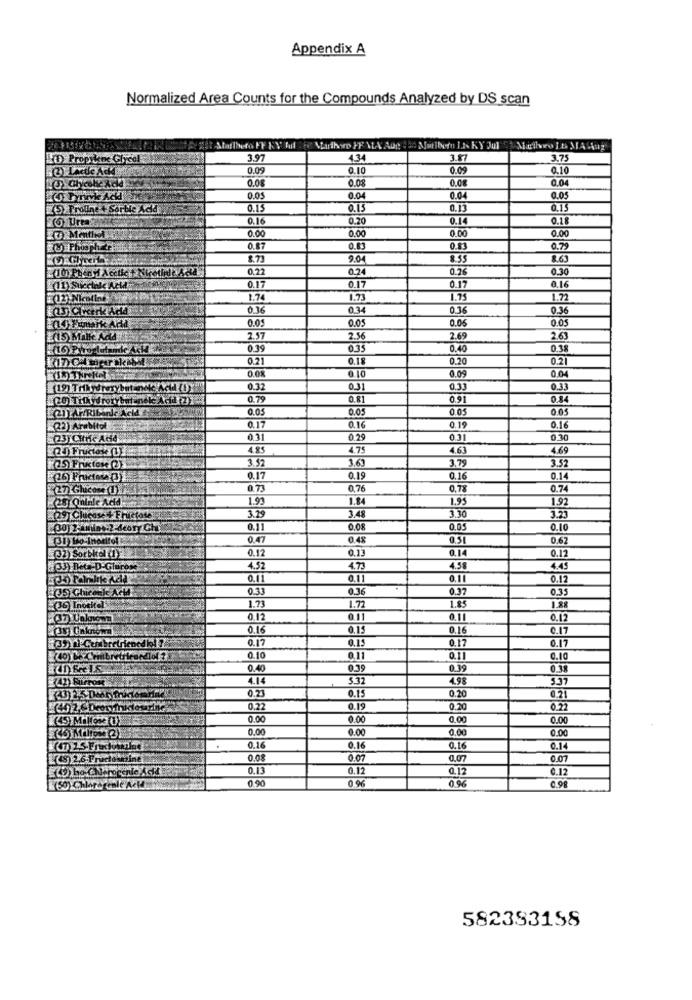
Appendix A
Normalized Area Counts for the Compounds Analyzed by DS scan
HPPropylene Glycol
3.97
4.34
317
3.75
) LACUIe Ack
0.09
0.10
0.09
0.10
0.08
0.08
0.08
0.04
) Chicohe xcld
0.05
0.04
0.04
0.05
5 Proline + Sortie Acid
0.15
0.15
0,13
0.15
26 Urea
0.16
0.20
0.14
0.18
0.00
0.00
0.00
0.00
R& Phosphate
0.87
0.83
0.83
0.79
8.71
9.04
8.55
8.60
(10) Phen yl Aceticit Nicetiele Acid
0.22
0.24
0.26
0.30
0.16
0.17
0.17
0.17
1.74
1.73
1.75
1.72
1(13) Clerk Acid
0.36
0.34
0.36
0.36
0.05
0.05
0.05
0.05
Et5 Milke Add
2.57
2.56
2.69
2.63
ink As
0.39
0.35
0.40
0.39
0.21
0.18
0.20
0.21
0.09
0.08
0.10
0.04
(19) Trikydrery betan&c ActLODY
0.32
031
0.33
0.33
(20) Tilkyd rorybatanele Acid (2)
0.79
0.81
0.91
0.84
0.05
0.05
0.05
0.05
0.19
(2) Arebitol
0.17
0.16
0.16
(23) Cite Add
0.31
0.29
0.31
0.30
4.85
4.75
4.63
4.69
3.52
3.52
3.69
3.79
0.17
0.19
0.16
0.14
27) Glucose (1)
0.73
0.76
0,7%
0.74
1.93
1.84
1.95
1.92
3.23
29) Clucase+ Fructote:
3.29
3.48
3.30
30) 2-1min .: 2-debryCh
0.11
0.08
0.05
0.10
(31) Lo-Inoutro1
0.47
0.48
0.51
0.62
0,14
0.12
(37) Sorbkel (I
0.12
0.13
(33) Beta-D-Glurow
4.52
4.73
4.58
4.45
0.11
0.11
0.11
0.12
235) Chicoile Ketd
0.33
0.36
0.37
0.35
1.73
1.72
1.85
1.28
0.12
0.11
0.11
0.12
(35) Unknown
0.16
0.13
0.16
0.17
0.17
0.15
0.17
0.17
39) 1:Ceibretrienedil
0.10
0.11
0.11
0.10
0.40
0.39
0.39
0.38
4.14
5.32
4.98
3.37
0.23
0.15
0.20
0.21
0.22
0.19
0.20
0.21
45 Millosa(U
0.00
0.00
0.00
0.00
0.00
0.00
0.00
0.00
.
0.16
0.16
0.16
0.14
0.08
0.07
0.07
0.07
0.13
0.12
0.12
0.12
0.90
0.96
0.96
(50) Chlaregenle AcMm
582383158